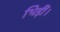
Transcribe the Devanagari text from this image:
भिड़ीं।